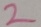
Text: 2